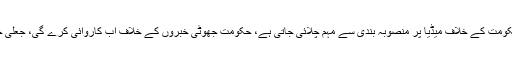
عمران خان کا کہنا تھا کہ مدینہ ریاست بننے میں بھی وقت لگا، حکومت کے خلاف میڈیا پر منصوبہ بندی سے مہم چلائی جاتی ہے، حکومت جھوٹی خبروں کے خلاف اب کاروائی کرے گی، جعلی خبروں سے متعلق شہباز گل اور ارسلان جاوید کو ٹاسک سونپا ہے۔